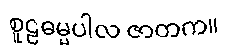
စူဠဓမ္မပါလ ဇာတက။